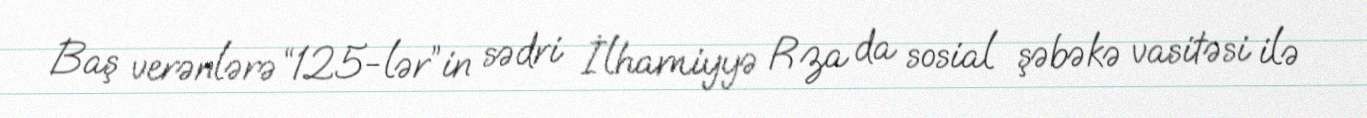
Baş verənlərə “125-lər”in sədri İlhamiyyə Rza da sosial şəbəkə vasitəsi ilə